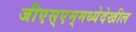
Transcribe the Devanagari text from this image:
जीएस्‌एम्‌मध्येदेखील